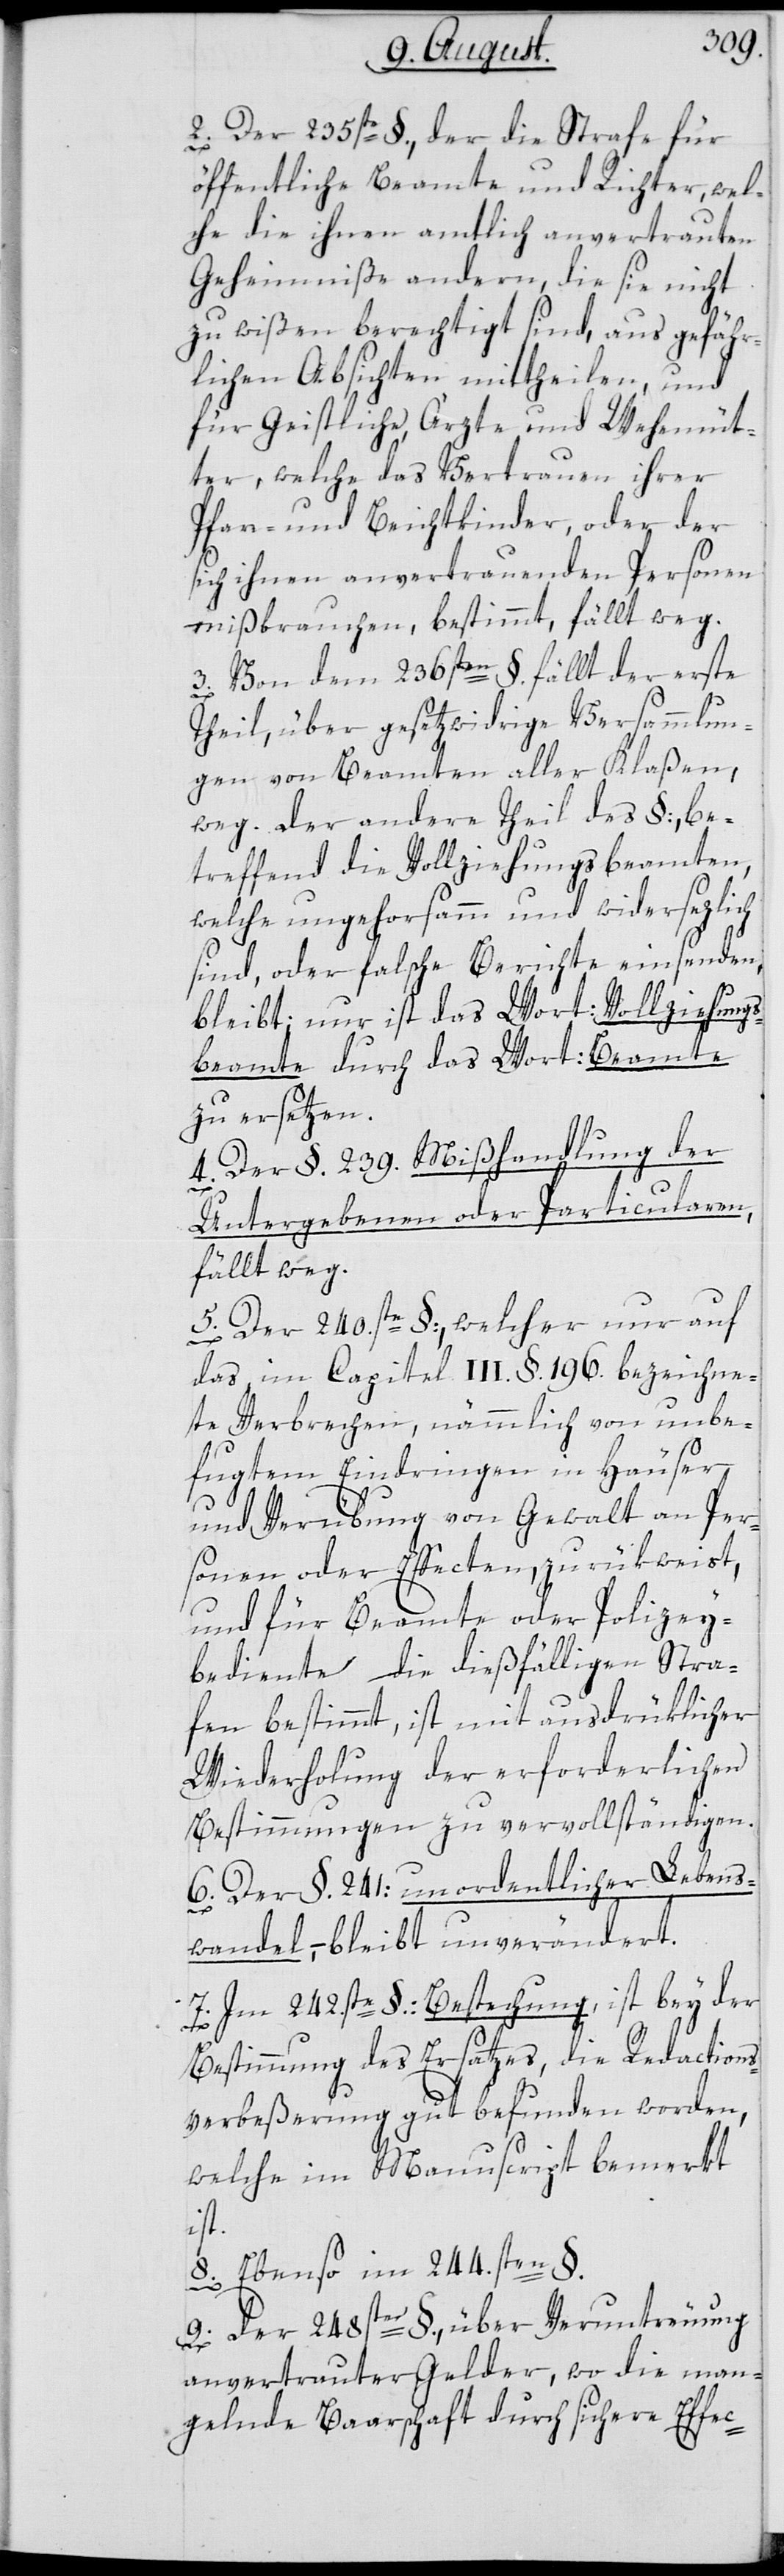
2. Der 235ste §., der die Strafe für
öffentliche Beamte und Richter, wel¬
che die ihnen amtlich anvertrauten
Geheimniße andern, die sie nicht
zu Wißen berechtigt sind, aus gefähr¬
lichen Absichten mittheilen, und
für Geistliche, Ärzte und Wehemüt¬
ter, welche das Vertrauen ihrer
Pfarr- und Beichtkinder, oder der
sich ihnen anvertrauenden Personen
mißbrauchen, bestimmt, fällt weg.
3. Von dem 236sten §. fällt der erste
Theil, über gesetzwidrige Versammlun¬
gen von Beamten aller Klaßen,
weg. Der andere Theil des §, be¬
treffend die Vollziehungsbeamten,
welche ungehorsamm und widersezlich
sind, oder falsche Berichte einsenden,
bleibt; nur ist das Wort Vollziehungs¬
beamte durch das Wort: Beamte
zu ersetzen.
4. Der §. 239. Mißhandlung der
Untergebenen oder Particularen,
fällt weg.
5. Der 240.ste §, welcher nur auf
das im Capitel III. § 196. bezeichne¬
te Verbrechen, nämmlich von unbe¬
fugtem Eindringen in Häuser
und Verübung von Gewalt an Per¬
sonen oder Effecten, zurükweist,
und für Beamte oder Polizey¬
bediente die dießfälligen Stra¬
fen bestimmt, ist mit ausdrüklicher
Wiederholung der erforderlichen
Bestimmungen zu vervollständigen.
6. Der §. 241: unordentlicher Lebens¬
wandel, – bleibt unverändert.
7. Im 242.sten §. Bestechung, ist bey der
Bestimmung des Ersatzes, die Redactions¬
verbeßerung gut befunden worden,
welche im Manuscript bemerkt
ist.
8. Ebenso im 244.sten §.
9. Der 248ste §., über Veruntreuung
anvertrauter Gelder, wo die man¬
gelnde Barschaft durch sichere Effec-